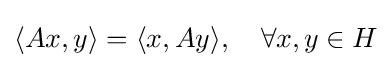
\langle Ax,y\rangle =\langle x,Ay\rangle ,\quad \forall x,y\in H